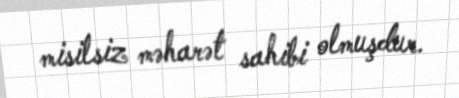
misilsiz məharət sahibi olmuşdur.